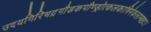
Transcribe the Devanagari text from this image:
उदयगिरिभद्रगौडकपौण्ड्रोत्कलकाषिमेकलाम्बष्ठाः।